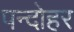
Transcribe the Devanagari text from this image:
पन्दोहर